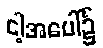
ငါ့အပေါ်၌